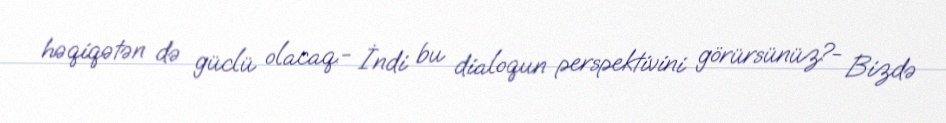
həqiqətən də güclü olacaq.- İndi bu dialoqun perspektivini görürsünüz?- Bizdə